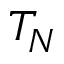
T _ { N }